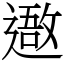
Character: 䢩